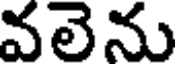
వలెను